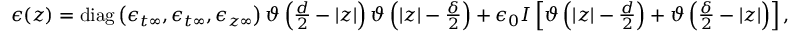
\begin{array} { r } { \boldsymbol { \epsilon } ( z ) = \mathrm { d i a g } \left( \epsilon _ { t \infty } , \epsilon _ { t \infty } , \epsilon _ { z \infty } \right) \vartheta \left( \frac { d } { 2 } - | z | \right) \vartheta \left( | z | - \frac { \delta } { 2 } \right) + \epsilon _ { 0 } I \left[ \vartheta \left( | z | - \frac { d } { 2 } \right) + \vartheta \left( \frac { \delta } { 2 } - | z | \right) \right] , } \end{array}